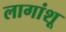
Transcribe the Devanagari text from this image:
लागांशू